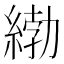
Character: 𦂿